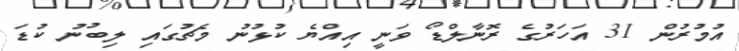
އުމުރުން 31 އަހަރުގެ ރޮނާލްޑޯ ވަނީ އިއްޔެ ކުޅުނު މެޗުގައި ލިބުނު ކުޑަ